Vaccination report Assam 1896-1927 - 1896-1927
Year: 1896
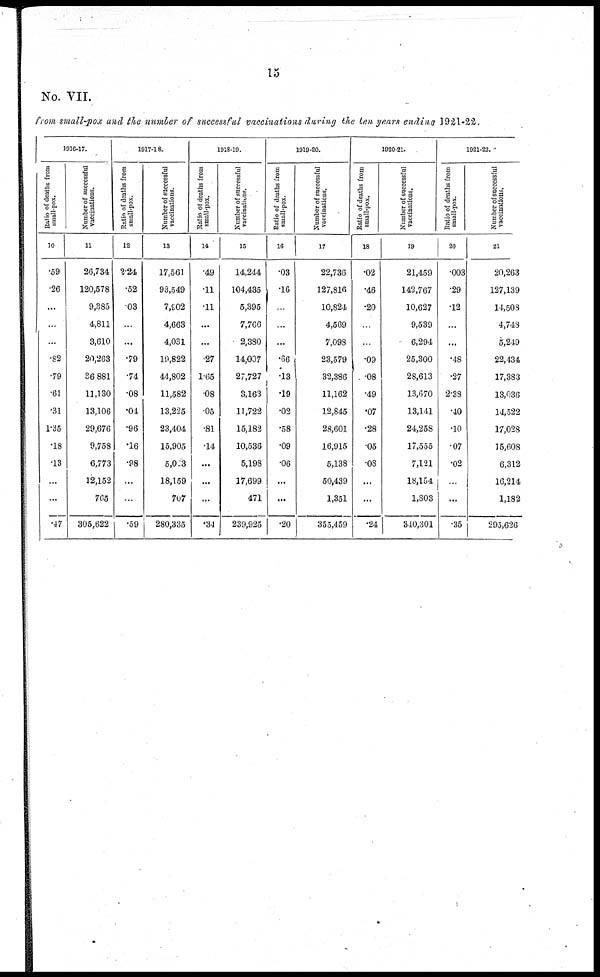
15
No. VII.
from small-pox and the number of successful vaccinations during the ten years ending 1921-22.
1916-17.
Ratio of deaths from
small-pox.
10
.59
.26
...
...
...
.82
.79
.61
.31
1.35
.18
.13
...
...
.47
Number of successful
vaccinations.
11
26,734
120,578
9,385
4,811
3,610
20,263
36,881
11,130
13,106
29,676
9,758
6,773
12,152
765
305,622
1917-18.
Ratio of deaths from
small-pox.
12
2.24
.52
.03
...
...
.79
.74
.08
.01
.96
.16
.98
...
...
.59
Number of successful
vaccinations.
13
17,561
93,549
7,902
4,663
4,031
19,822
44,802
11,582
13,225
23,404
15,905
5,023
18,159
707
280,335
1918-19.
Ratio of deaths from
small-pox.
14
.49
.11
.11
...
...
.27
1.65
.08
.05
.81
.14
...
...
...
.34
Number of successful
vaccinations.
15
14,244
104,435
5,395
7,766
2,380
14,007
27,727
3,163
11,722
15,182
10,536
5,198
17,699
471
239,925
1919-20.
Ratio of deaths from
small-pox.
16
.03
.16
...
...
...
.66
.13
.19
.02
.58
.09
.06
...
...
.20
Number of successful
vaccinations.
17
22,736
127,816
10,824
4,569
7,098
23,579
32,386
11,162
12,845
28,601
16,915
5,138
50,439
1,351
355,459
1920-21.
Ratio of deaths from
small-pox.
18
.02
.46
.20
...
...
.09
.08
.49
.07
.28
.05
.08
...
...
.24
Number of successful
vaccinations.
19
21,459
142,767
10,627
9,539
6,294
25,300
28,613
13,670
13,141
24,258
17,555
7,121
18,154
1,803
340,301
1921-22.
Ratio of deaths from
small-pox.
20
.003
.29
.12
...
...
.48
.27
2.38
.40
.10
.07
.02
...
...
.35
Number of successful
vaccinations.
21
20,263
127,139
14,508
4,748
5,249
22,434
17,383
13,036
14,522
17,028
15,608
6,312
16,214
1,182
295,626